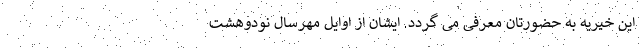
این خیریه به حضورتان معرفی می گردد. ایشان از اوایل مهرسال نودوهشت